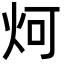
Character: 炣